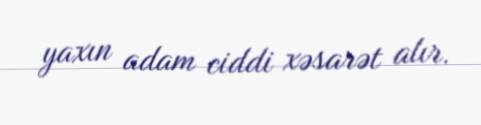
yaxın adam ciddi xəsarət alır.